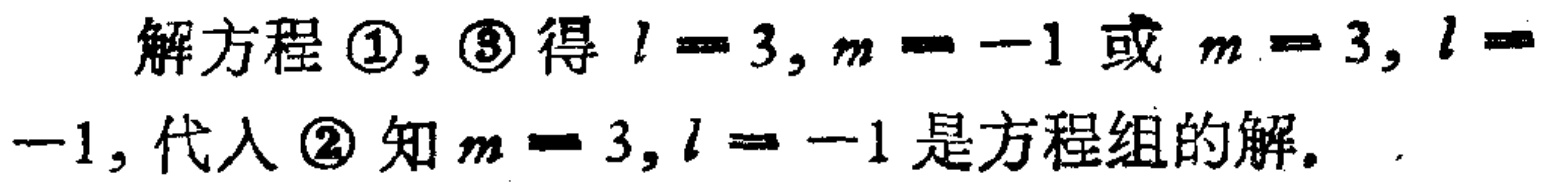
解方程 \textcircled{1}, \textcircled{3} 得 \(l = 3, m = -1\) 或 \(m = 3, l = -1\)，代入 \textcircled{2} 知 \(m = 3, l = -1\) 是方程组的解。